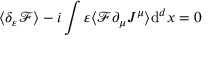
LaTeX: \langle \delta _ { \varepsilon } { \mathcal { F } } \rangle - i \int \varepsilon \langle { \mathcal { F } } \partial _ { \mu } J ^ { \mu } \rangle \mathrm { d } ^ { d } x = 0